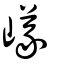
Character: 嶬